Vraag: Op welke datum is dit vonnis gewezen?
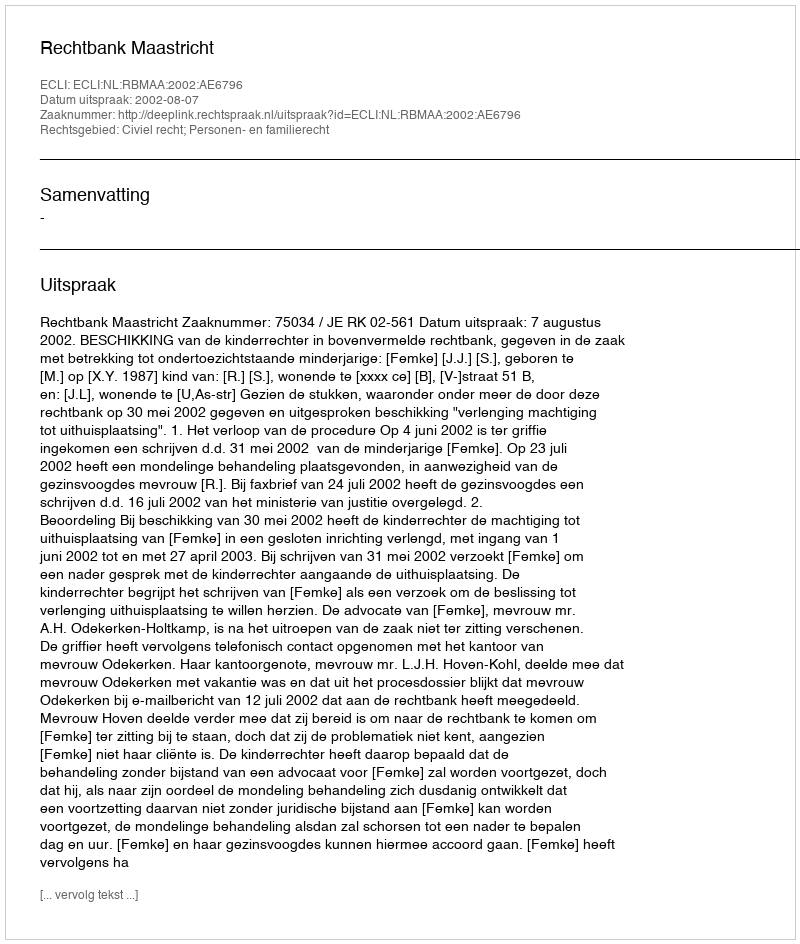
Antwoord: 2002-08-07